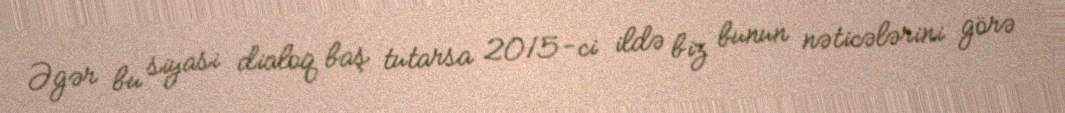
Əgər bu siyasi dialoq baş tutarsa 2015-ci ildə biz bunun nəticələrini görə